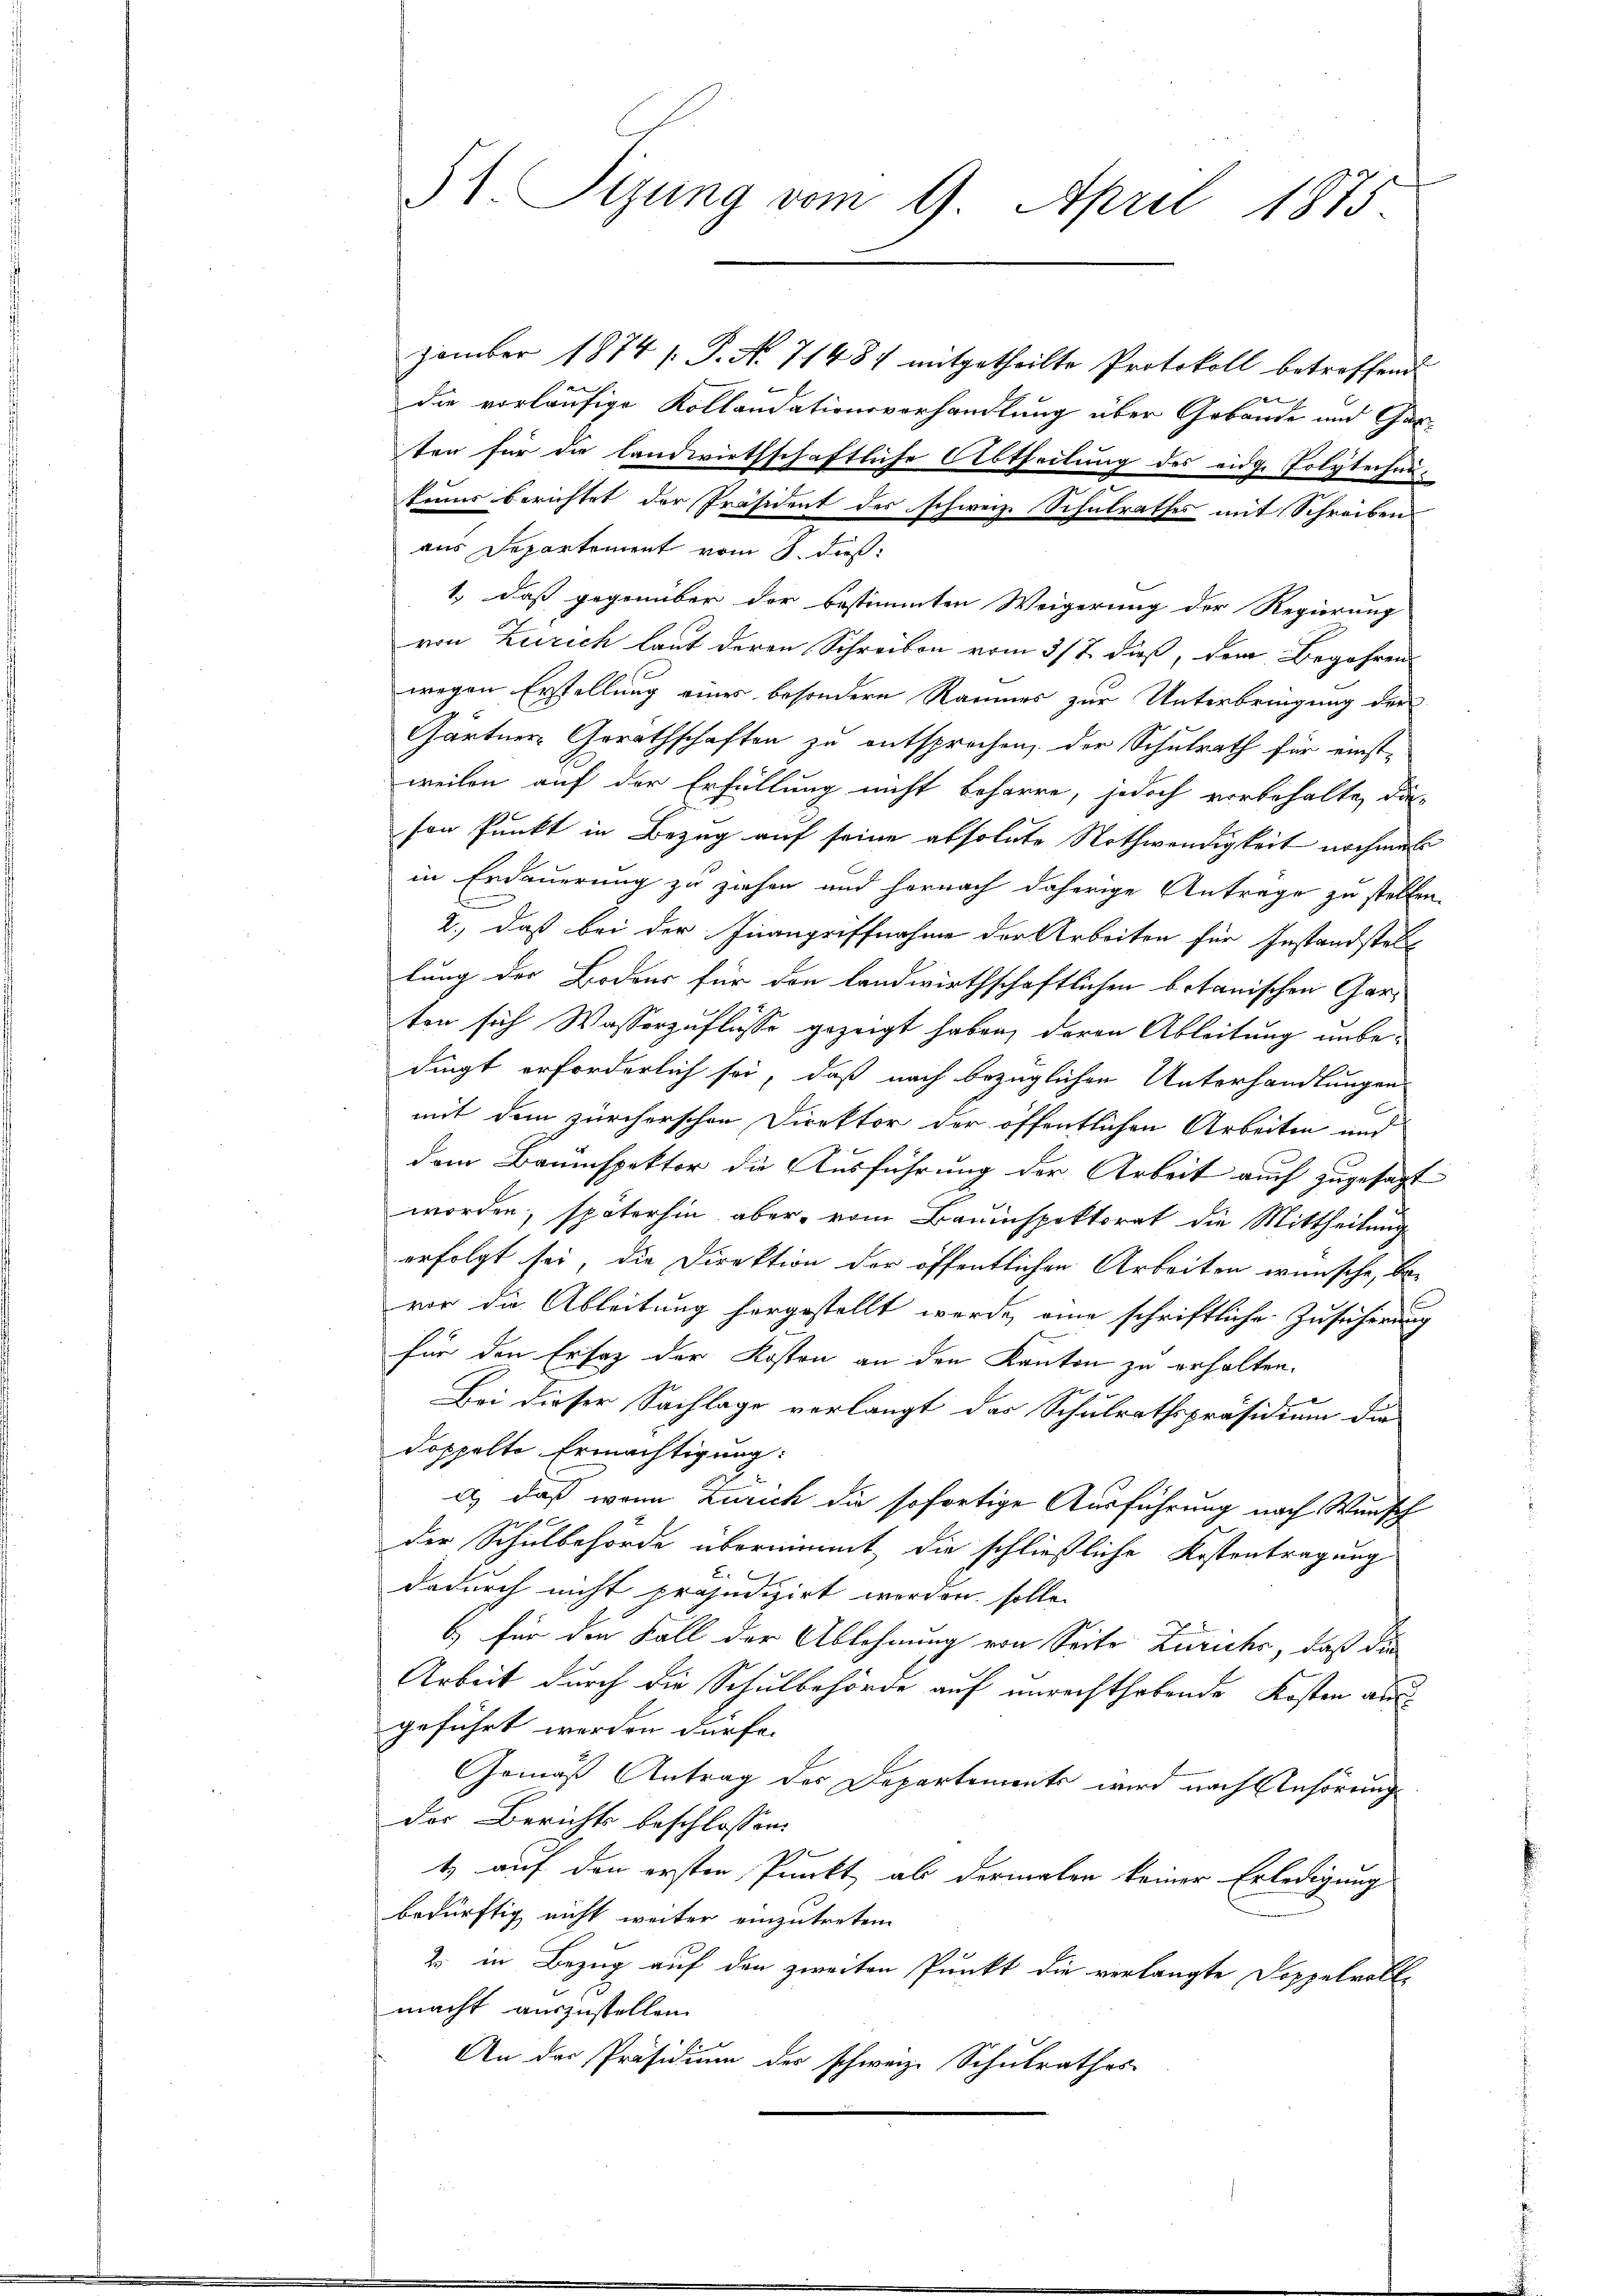
St. Sizung vom 9. April 1875.

zember 1874 s. S. N. 71487 mitgetheilte Protokoll betreffende
4
die vorläufige Kollaudationsvorhandlung über Gebäude und Garten für die landwirthschaftliche Abtheilung des eidg. Polytechni¬
|
kanns berichtet der Präsident des schweiz. Schulrathes mit Schreiben
aus Departement vom 8. dieß:
1., daß gegenüber der bestimmten Weigerung der Regierung
von Zürich laut deren Schreiben vom 3/7. dieß, dem Begehren
wegen Erstellung eines besondere Raumes zur Unterbringung der
Gärtner Gorothschaften zu entsprochen, der Schulrath für einstweilen auf der Erfüllung nicht beharre, jedoch vorbehalte, das
son Punkt in Bezug auf seine absolute Nothwendigkeit nochmal
in Erdauerung zu ziehen und hernach daherige Antrage zu stellen.
2.) daß bei der Inangriffnahme der Arbeiten für Instandstell
lung der Bodens für den landwirthschaftlichen botanischen Garten sich Wasserzuflüsse gezeigt haben, deren Ableitung unbedingt erforderlich sei, daß nach bezüglichen Unterhandlungen
mit dem zürcherschen Direktor der öffentlichen Arbeiten und
dem Bauinspektor die Ausführung der Arbeit auch zugesagt
worden, späterhin aber vom Bauinspektorat die Mittheilung
erfolgt sei, die Direktion der öffentlichen Arbeiten wünsche, be-
vor die Ableitung hergestellt werde, eine schriftliche Zusicherung
für den Ersaz der Kosten an den Kanton zu erhalten.
Bei dieser Sachlage verlangt das Schulrathspräsidium die
doppelte Ermächtigung:
d) daß wenn Zürich die sofortige Ausführung nach Wunsch
der Schulbehörde übernimmt, die schließliche Kostentragung
dadurch nicht präjudizirt worden solle
b) für den Fall der Ablehnung von Seite Zürichs, daß die
Arbeit durch die Schulbehörde auf unrechthabende Kosten aus
geführt werden dürfe.
Gemäß Antrag des Departements wird nach Anhörung
der Berichts beschlossen:
1
t auf den ersten Punkt ab dermalen keiner Erledigung
bedürftig nicht weiter einzutreten.
2 in Bezug auf den zweiten Punkt die verlangte Doppelvollmacht auszustellen.
An der Präsidium der schweiz. Schulrathes